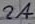
Text: 2A